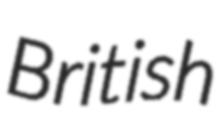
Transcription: British